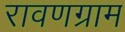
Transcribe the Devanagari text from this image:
रावणग्राम